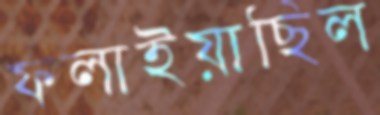
ফলাইয়াছিল